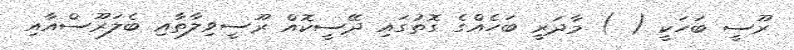
ރޫސީ ބަހަކީ ( ) މާދަރީ ބަހެއްގެ ގޮތުގައި ދޭސީކޮއް ރޫސީވިލާތާއި ބެލަރޫސްއާއި